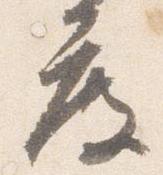
度